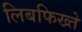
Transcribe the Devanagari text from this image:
लिबफिख्ते